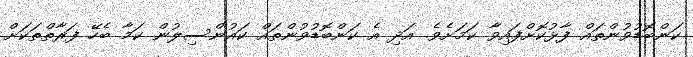
ކަންބޮޑުވުންތައް ފާޅުކޮށްފައިވާ ކަމަށެވެ. އަދި އެ ކަންބޮޑުވުންތައް ކައުންސިލުން ކަމާ ބެހޭ ފަރާތްތަކަށް